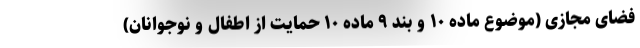
فضای مجازی (موضوع ماده ۱۰ و بند ۹ ماده ۱۰ حمایت از اطفال و نوجوانان)